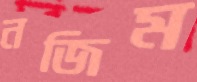
নজিম